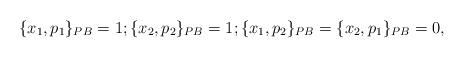
LaTeX: \begin{align*} \{x_1, p_1\}_{PB} =1; \{x_2, p_2\}_{PB} = 1; \{x_1, p_2\}_{PB} = \{x_2, p_1\}_{PB} = 0, \end{align*}